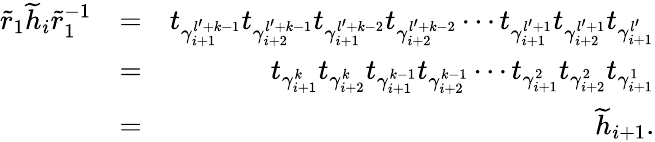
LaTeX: \begin{array}{rlr}{\widetilde{r}_{1}\widetilde{h}_{i}\widetilde{r}_{1}^{-1}}&{=}&{t_{\gamma_{i+1}^{l^{\prime}+k-1}}t_{\gamma_{i+2}^{l^{\prime}+k-1}}t_{\gamma_{i+1}^{l^{\prime}+k-2}}t_{\gamma_{i+2}^{l^{\prime}+k-2}}\cdots t_{\gamma_{i+1}^{l^{\prime}+1}}t_{\gamma_{i+2}^{l^{\prime}+1}}t_{\gamma_{i+1}^{l^{\prime}}}}\\ &{=}&{t_{\gamma_{i+1}^{k}}t_{\gamma_{i+2}^{k}}t_{\gamma_{i+1}^{k-1}}t_{\gamma_{i+2}^{k-1}}\cdots t_{\gamma_{i+1}^{2}}t_{\gamma_{i+2}^{2}}t_{\gamma_{i+1}^{1}}}\\ &{=}&{\widetilde{h}_{i+1}.}\end{array}